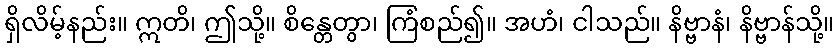
ရှိလိမ့်နည်း။ ဣတိ၊ ဤသို့။ စိန္တေတွာ၊ ကြံစည်၍။ အဟံ၊ ငါသည်။ နိဗ္ဗာနံ၊ နိဗ္ဗာန်သို့။